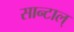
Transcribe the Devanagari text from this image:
सान्टाल्